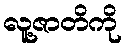
လူ့ဇာတိကို